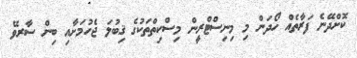
ކޮށްދޭނެ ފަރާތެއް ހޯދަން މި މިނިސްޓްރީން މިސްކިތްތަކުގެ ޤިބުލަ ޖެހުމަށާއި ބިން ސާރވޭ